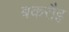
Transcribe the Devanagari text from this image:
बकरौइ